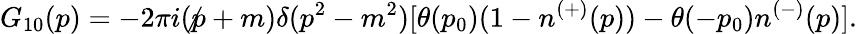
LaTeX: G_{10}(p)=-2\pi i(\not p+m)\delta(p^{2}-m^{2})[\theta(p_{0})(1-n^{(+)}(p))-\theta(-p_{0})n^{(-)}(p)].